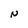
Character: N